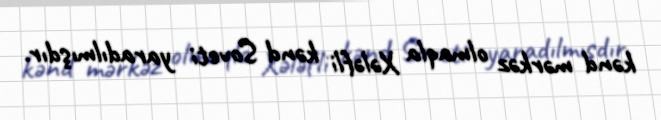
kənd mərkəz olmaqla Xələfli kənd Soveti yaradılmışdır.